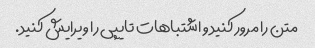
متن را مرور کنید و اشتباهات تایپی را ویرایش کنید.